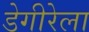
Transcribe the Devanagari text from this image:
डेगीरेला